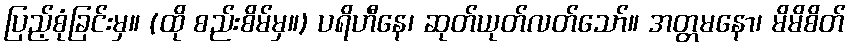
ပြည့်စုံခြင်းမှ။ (ထို စည်းစိမ်မှ။) ပရိဟီနေ၊ ဆုတ်ယုတ်လတ်သော်။ အတ္တမနော၊ မိမိစိတ်